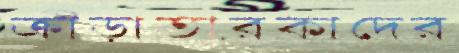
ক্রীড়াতারকাদের